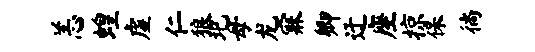
恙蝗虚仁狼圯母龙寐卿迂座掠保徜